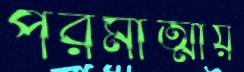
পরমাত্মীয়